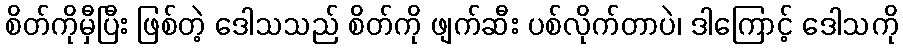
စိတ်ကိုမှီပြီး ဖြစ်တဲ့ ဒေါသသည် စိတ်ကို ဖျက်ဆီး ပစ်လိုက်တာပဲ၊ ဒါကြောင့် ဒေါသကို